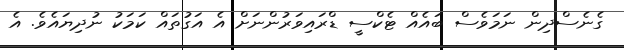
ގެނެސްދިން ނަމަވެސް ބައެއް ޓެކްސީ ޑްރައިވަރުންނަށް އެ އަގުތައް ކަމަކު ނުދިޔައެވެ. އެ